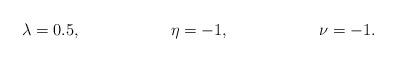
LaTeX: \begin{align*}\lambda &= 0.5, &\eta &= -1, &\nu &= -1.\end{align*}